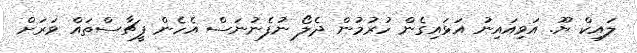
ލައިކް ޔޫ. އަވިއައިނު އަޅައިގެން ހުރުމުން ދެލޯ ނުފެނުނަސް އެހެން ފީޗާސްތައް ވަރަށް